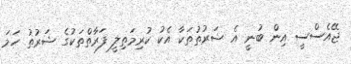
ޖޭއެސްސީ އިން ބުނީ އެ ޝަރުތުތަކާ އެކު ކުރިމަތިލީ ފަރާތްތަކުގެ ޝަރުތު ހަމަ